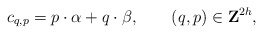
\begin{align*}c_{q,p}={p}\cdot{\alpha}+{q}\cdot {\beta},\qquad (q,p)\in {\bf Z}^{2h},\end{align*}